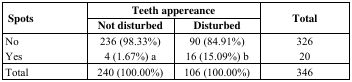
| <ROWSPAN=2> Spots | <COLSPAN=2> Teeth appereance | <ROWSPAN=2> Total |
 | Not disturbed | Disturbed |
 | --- | --- | --- | --- |
 | No | 236 (98.33%) | 90 (84.91%) | 326 |
 | Yes | 4 (1.67%) a | 16 (15.09%) b | 20 |
 | Total | 240 (100.00%) | 106 (100.00%) | 346 |